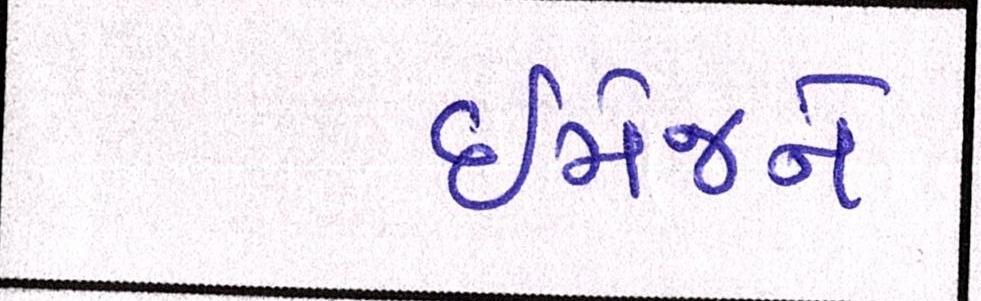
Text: ઈમેજને